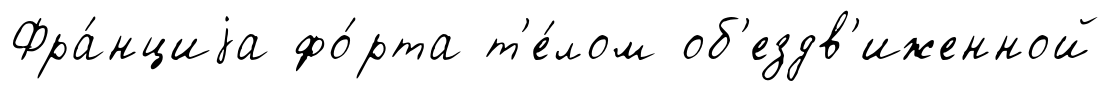
Фра́нциjа фо́рта т'е́лом об'ездв'иженной